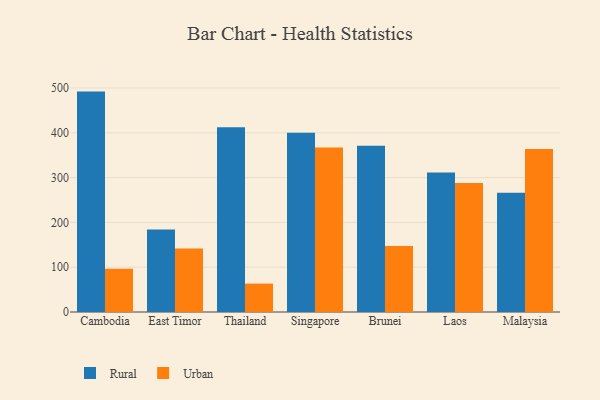
{"axis": {"x": "Country", "y": "Budget (USD K)"}, "legend": ["Rural", "Urban"], "data": [{"x": "Cambodia", "y": 491.9, "type": "Rural"}, {"x": "Cambodia", "y": 96.5, "type": "Urban"}, {"x": "East Timor", "y": 184.4, "type": "Rural"}, {"x": "East Timor", "y": 141.8, "type": "Urban"}, {"x": "Thailand", "y": 412.1, "type": "Rural"}, {"x": "Thailand", "y": 63.4, "type": "Urban"}, {"x": "Singapore", "y": 399.9, "type": "Rural"}, {"x": "Singapore", "y": 367.2, "type": "Urban"}, {"x": "Brunei", "y": 370.8, "type": "Rural"}, {"x": "Brunei", "y": 147.2, "type": "Urban"}, {"x": "Laos", "y": 311.5, "type": "Rural"}, {"x": "Laos", "y": 287.9, "type": "Urban"}, {"x": "Malaysia", "y": 266.4, "type": "Rural"}, {"x": "Malaysia", "y": 363.6, "type": "Urban"}]}